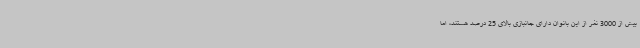
بیش از 3000 نفر از این بانوان دارای جانبازی بالای 25 درصد هستند، اما